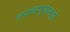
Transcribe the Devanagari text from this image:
तपासण्यामध्ये